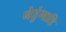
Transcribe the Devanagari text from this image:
नेडुंगाडि